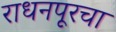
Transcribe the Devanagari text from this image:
राधनपूरचा